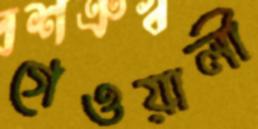
গেওয়ালী